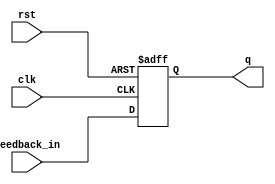
module FeedbackRegister (
    input wire clk,          // Clock signal
    input wire rst,          // Asynchronous reset signal
    input wire feedback_in,   // Feedback input
    output reg q            // Current state of the register
);

    // Asynchronous reset behavior
    always @(posedge clk or posedge rst) begin
        if (rst) begin
            q <= 1'b0;        // Reset the register to 0
        end else begin
            q <= feedback_in; // Capture the feedback input on the rising edge of the clock
        end
    end

endmodule